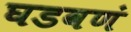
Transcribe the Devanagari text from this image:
घडवणं